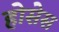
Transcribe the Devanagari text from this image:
होसेस